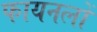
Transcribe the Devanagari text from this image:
फायनलों